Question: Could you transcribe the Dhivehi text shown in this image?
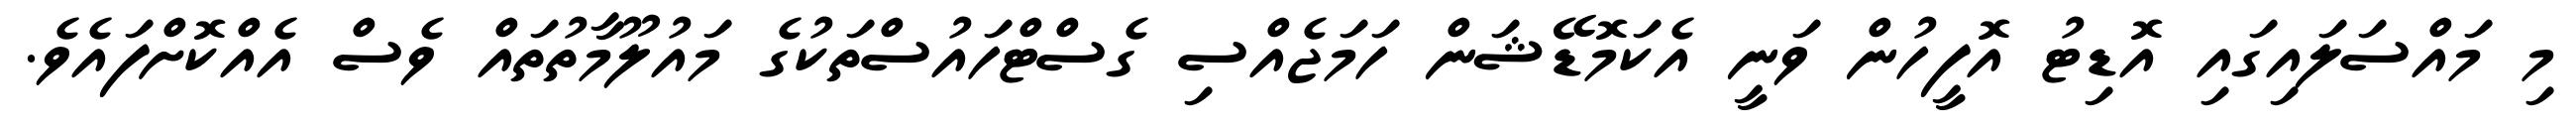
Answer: މި މައްސަލައިގައި އޮޑިޓު އޮފީހުން ވަނީ އެކަމޮޑޭޝަން ހަމަޖެއްސި ގެސްޓްހައުސްތަކުގެ މައުލޫމާތުތައް ވެސް އެއްކޮށްފައެވެ.